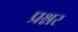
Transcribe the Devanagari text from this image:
प्रश्नर